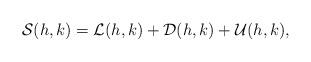
LaTeX: \begin{align*}\mathcal{S}(h,k)=\mathcal{L}(h,k)+\mathcal{D}(h,k)+\mathcal{U}(h,k),\end{align*}